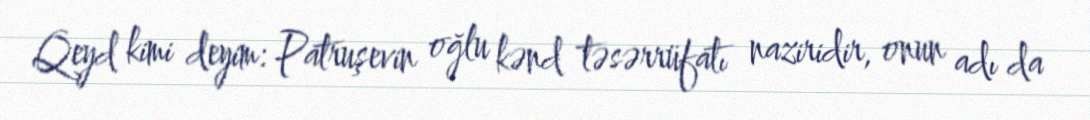
Qeyd kimi deyim: Patruşevin oğlu kənd təsərrüfatı naziridir, onun adı da